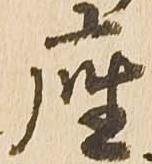
座